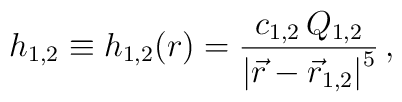
{h_{1,2}} \equiv {h_{1,2}}(r) = {{c_{1,2} \, Q_{1,2}}\over{\left| \vec{r} - \vec{r}_{1,2} \right|^5}} \, ,